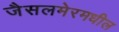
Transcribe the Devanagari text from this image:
जैसलमेरमधील